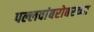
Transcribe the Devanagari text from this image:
पल्लवांबरोबरच्या